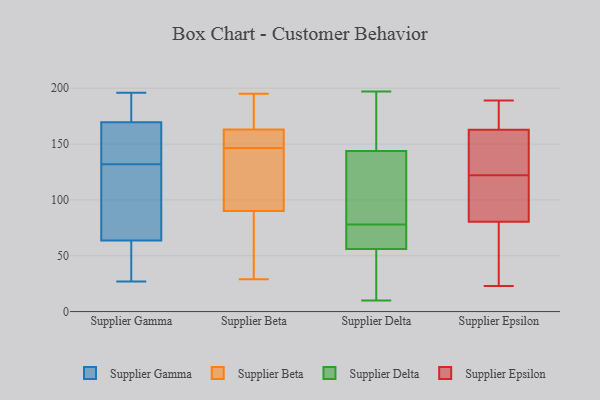
{"axis": {"x": "Shipments", "y": "Value"}, "legend": ["Supplier Beta", "Supplier Delta", "Supplier Epsilon", "Supplier Gamma"], "data": [{"x": "", "y": 144, "type": "Supplier Gamma"}, {"x": "", "y": 106, "type": "Supplier Gamma"}, {"x": "", "y": 190, "type": "Supplier Gamma"}, {"x": "", "y": 132, "type": "Supplier Gamma"}, {"x": "", "y": 189, "type": "Supplier Gamma"}, {"x": "", "y": 196, "type": "Supplier Gamma"}, {"x": "", "y": 63, "type": "Supplier Gamma"}, {"x": "", "y": 55, "type": "Supplier Gamma"}, {"x": "", "y": 133, "type": "Supplier Gamma"}, {"x": "", "y": 42, "type": "Supplier Gamma"}, {"x": "", "y": 27, "type": "Supplier Gamma"}, {"x": "", "y": 168, "type": "Supplier Gamma"}, {"x": "", "y": 71, "type": "Supplier Gamma"}, {"x": "", "y": 50, "type": "Supplier Gamma"}, {"x": "", "y": 170, "type": "Supplier Gamma"}, {"x": "", "y": 92, "type": "Supplier Gamma"}, {"x": "", "y": 176, "type": "Supplier Gamma"}, {"x": "", "y": 66, "type": "Supplier Gamma"}, {"x": "", "y": 150, "type": "Supplier Gamma"}, {"x": "", "y": 163, "type": "Supplier Beta"}, {"x": "", "y": 90, "type": "Supplier Beta"}, {"x": "", "y": 145, "type": "Supplier Beta"}, {"x": "", "y": 107, "type": "Supplier Beta"}, {"x": "", "y": 160, "type": "Supplier Beta"}, {"x": "", "y": 191, "type": "Supplier Beta"}, {"x": "", "y": 60, "type": "Supplier Beta"}, {"x": "", "y": 195, "type": "Supplier Beta"}, {"x": "", "y": 154, "type": "Supplier Beta"}, {"x": "", "y": 34, "type": "Supplier Beta"}, {"x": "", "y": 91, "type": "Supplier Beta"}, {"x": "", "y": 189, "type": "Supplier Beta"}, {"x": "", "y": 148, "type": "Supplier Beta"}, {"x": "", "y": 29, "type": "Supplier Beta"}, {"x": "", "y": 10, "type": "Supplier Delta"}, {"x": "", "y": 56, "type": "Supplier Delta"}, {"x": "", "y": 71, "type": "Supplier Delta"}, {"x": "", "y": 119, "type": "Supplier Delta"}, {"x": "", "y": 197, "type": "Supplier Delta"}, {"x": "", "y": 33, "type": "Supplier Delta"}, {"x": "", "y": 152, "type": "Supplier Delta"}, {"x": "", "y": 168, "type": "Supplier Delta"}, {"x": "", "y": 59, "type": "Supplier Delta"}, {"x": "", "y": 13, "type": "Supplier Delta"}, {"x": "", "y": 54, "type": "Supplier Delta"}, {"x": "", "y": 160, "type": "Supplier Delta"}, {"x": "", "y": 169, "type": "Supplier Delta"}, {"x": "", "y": 108, "type": "Supplier Delta"}, {"x": "", "y": 81, "type": "Supplier Delta"}, {"x": "", "y": 71, "type": "Supplier Delta"}, {"x": "", "y": 56, "type": "Supplier Delta"}, {"x": "", "y": 118, "type": "Supplier Delta"}, {"x": "", "y": 78, "type": "Supplier Delta"}, {"x": "", "y": 85, "type": "Supplier Epsilon"}, {"x": "", "y": 166, "type": "Supplier Epsilon"}, {"x": "", "y": 58, "type": "Supplier Epsilon"}, {"x": "", "y": 79, "type": "Supplier Epsilon"}, {"x": "", "y": 124, "type": "Supplier Epsilon"}, {"x": "", "y": 36, "type": "Supplier Epsilon"}, {"x": "", "y": 189, "type": "Supplier Epsilon"}, {"x": "", "y": 182, "type": "Supplier Epsilon"}, {"x": "", "y": 23, "type": "Supplier Epsilon"}, {"x": "", "y": 172, "type": "Supplier Epsilon"}, {"x": "", "y": 122, "type": "Supplier Epsilon"}, {"x": "", "y": 121, "type": "Supplier Epsilon"}, {"x": "", "y": 153, "type": "Supplier Epsilon"}, {"x": "", "y": 138, "type": "Supplier Epsilon"}, {"x": "", "y": 89, "type": "Supplier Epsilon"}]}